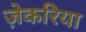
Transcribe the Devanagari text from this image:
ज़ेकरिया